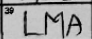
Transcription: LMA